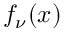
f _ { \nu } ( x )